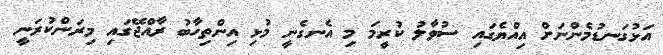
އަޅުގަނޑުމެންނަށް އިއްޔެގައި ސުވާލު ކުރީމަ މި އެނގެނީ މުޅި އިންތިހާބު ރާއްޖޭގައި މިރަންކުރަނީ